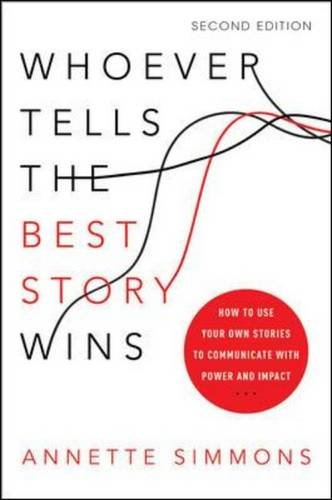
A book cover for Whoever Tells the Best Story Wins: How to Use Your Own Stories to Communicate with Power and Impact; Annette Simmons; Business & Money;